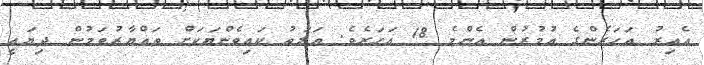
އެއިރު އަހަރެންގެ އުމުރުން އެންމެ 18 އަހަރެވެ. އަލަތު ކައިވެންޔަކަށް ތައްޔާރުވަމުން ދިޔައީ